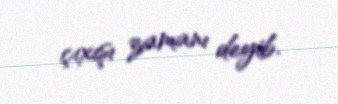
çıxışı zamanı deyib.